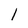
Character: l